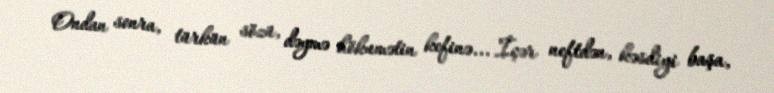
Ondan sonra, türkün sözü, dəymə hökumətin kefinə... İçər neftdən, kəsdiyi başa,